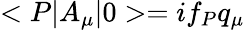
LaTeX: <P|A_{\mu}|0>=if_{P}q_{\mu}